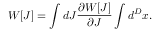
W [ J ] = \int d J \frac { \partial W [ J ] } { \partial J } \int d ^ { D } x .